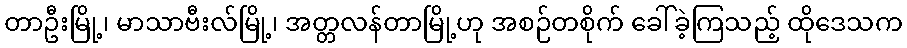
တာဦးမြို့၊ မာသာဗီးလ်မြို့၊ အတ္တလန်တာမြို့ဟု အစဉ်တစိုက် ခေါ်ခဲ့ကြသည့် ထိုဒေသက